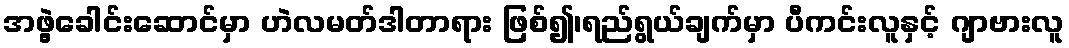
အဖွဲ့ခေါင်းဆောင်မှာ ဟဲလမတ်ဒါတာရား ဖြစ်၍၊ရည်ရွယ်ချက်မှာ ပီကင်းလူနှင့် ဂျာဗားလူ